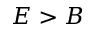
E > B